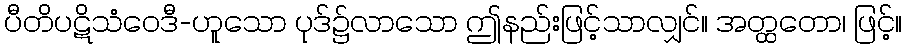
ပီတိပဋိသံဝေဒီ-ဟူသော ပုဒ်၌လာသော ဤနည်းဖြင့်သာလျှင်။ အတ္ထတော၊ ဖြင့်။